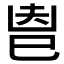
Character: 𢀺